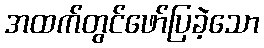
အထက်တွင်ဖော်ပြခဲ့သော